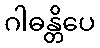
ဂါဓန္တိပေ